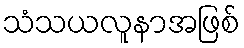
သံသယလူနာအဖြစ်